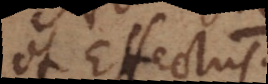
et Effectus.